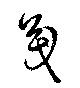
茂